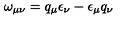
\omega _ { \mu \nu } = q _ { \mu } \epsilon _ { \nu } - \epsilon _ { \mu } q _ { \nu }